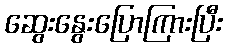
ဆွေးနွေးပြောကြားပြီး